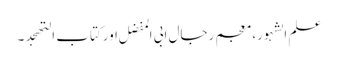
علم الشہور، معجم رجال ابی المفضل اورکتاب التھجد ۔